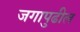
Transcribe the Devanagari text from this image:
जगापुढील